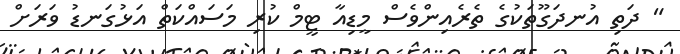
" ދަތި އުނދަގޫތަކުގެ ތެރެއިންވެސް މީޑިއާ ޓީމް ކުރި މަސައްކަތް އަޅުގަނޑު ވަރަށް